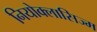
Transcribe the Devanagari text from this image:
नियोक्लासिज्म